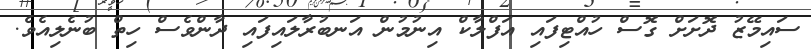
ސައިމޭޒު ދޮށަށް ގޮސް ހުއްޓިފައި އަފްލާކް އިނުމުން އަނބުރާލައިފައި ދާންވެސް ހިތް ބުނެލިއެވެ.